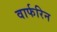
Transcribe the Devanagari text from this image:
वार्फरिन